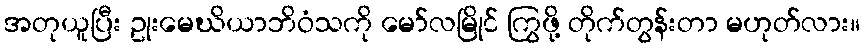
အတုယူပြီး ဥုးမေဃိယာဘိဝံသကို မော်လမြိုင် ကြွဖို့ တိုက်တွန်းတာ မဟုတ်လား။